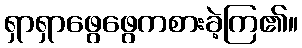
ရှာရှာဖွေဖွေကစားခဲ့ကြ၏။